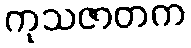
ကုသဇာတက